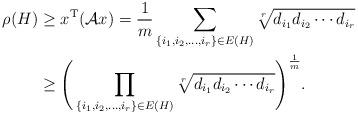
LaTeX: \begin{align*}\rho(H) & \geq x^{\mathrm{T}}(\mathcal{A}x)=\frac{1}{m}\sum_{\{i_1,i_2,\ldots,i_r\}\in E(H)}\sqrt[r]{d_{i_1}d_{i_2}\cdots d_{i_r}}\\& \geq\Bigg(\prod_{\{i_1,i_2,\ldots,i_r\}\in E(H)}\sqrt[r]{d_{i_1}d_{i_2}\cdots d_{i_r}}\Bigg)^{\frac{1}{m}}.\end{align*}